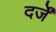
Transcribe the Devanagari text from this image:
दर्जें